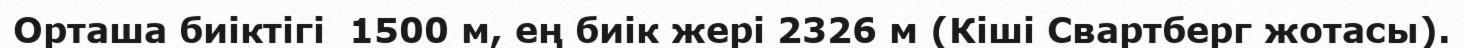
Орташа биіктігі  1500 м, ең биік жері 2326 м (Кіші Свартберг жотасы).